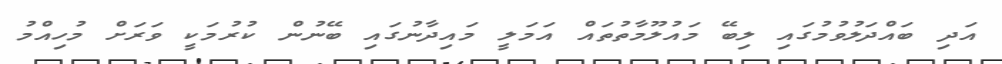
އަދި ބައްދަލުވުމުގައި ލިބޭ މައުލޫމާތުތައް އަމަލީ މައިދާނުގައި ބޭނުން ކުރުމަކީ ވަރަށް މުހިއްމު